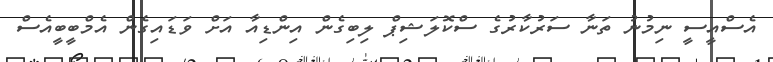
އެސްއީސީ ނިމުނު ތަނާ ސަރުކާރުގެ ސްކޮލަޝިޕް ލިބިގެން އިންޑިއާ އަށް ވަޑައިގެން އެމްބީބީއެސް